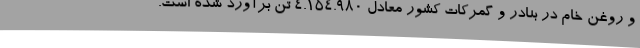
و روغن خام در بنادر و گمرکات کشور معادل ۴.۱۵۴.۹۸۰ تن برآورد شده است.